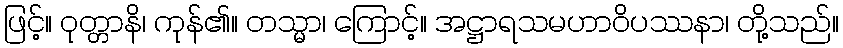
ဖြင့်။ ဝုတ္တာနိ၊ ကုန်၏။ တသ္မာ၊ ကြောင့်။ အဋ္ဌာရသမဟာဝိပဿနာ၊ တို့သည်။